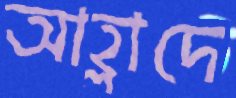
আহ্লাদে